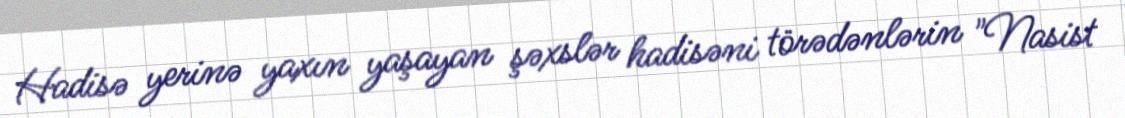
Hadisə yerinə yaxın yaşayan şəxslər hadisəni törədənlərin "Nasist